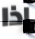
إذا